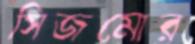
সিজমোর